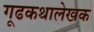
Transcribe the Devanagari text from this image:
गूढकथालेखक